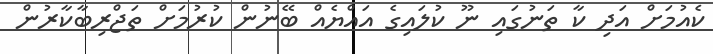
ކެއުމަށް އަދި ކާ ތަނުގައި ނޫ ކުލައިގެ އައްޔެއް ބޭނުން ކުރުމަށް ތަޖްރިބާކާރުން